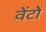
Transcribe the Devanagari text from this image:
वेंटों